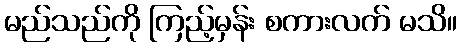
မည်သည်ကို ကြည့်မှန်း စကားလက် မသိ။